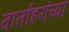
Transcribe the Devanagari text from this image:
वार्ताहरांच्या